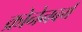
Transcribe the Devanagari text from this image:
क्रोनेनबर्ग